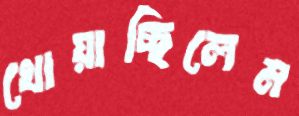
খোয়াচ্ছিলেম